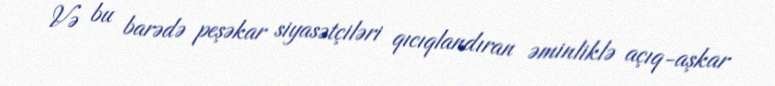
Və bu barədə peşəkar siyasətçiləri qıcıqlandıran əminliklə açıq-aşkar